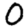
Digit: 0